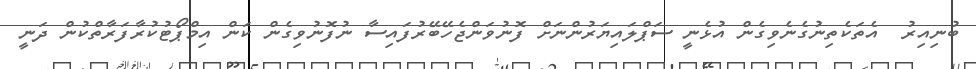
ބުނިއިރު  އެތަކެތިނުގެނެވިގެން އުޅެނީ ސަޕްލައިޔަރުންނަށް ފޮނުވަންޖެހޭބޭރުފައިސާ ނުފޮނުވިގެން ކަން އިމްޕޯޓުކުރާފަރާތްކުން ދަނީ